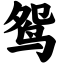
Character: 鸳